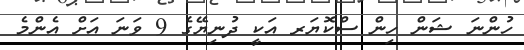
ހުންނަ ޝަން ހިން ސްކޮޔަރ އަކީ ދުނިޔޭގެ 9 ވަނަ އަށް އެންމެ